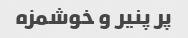
پر پنیر و خوشمزه